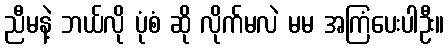
ညီမနဲ့ ဘယ်လို ပုံစံ ဆို လိုက်မလဲ မမ အကြံပေးပါဦး။